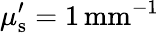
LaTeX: \mu_{\mathrm{s}}^{\prime}=1\, \mathrm{{mm}^{-1}}